Tartu_pedagoogiumi_aruanded, lk 10
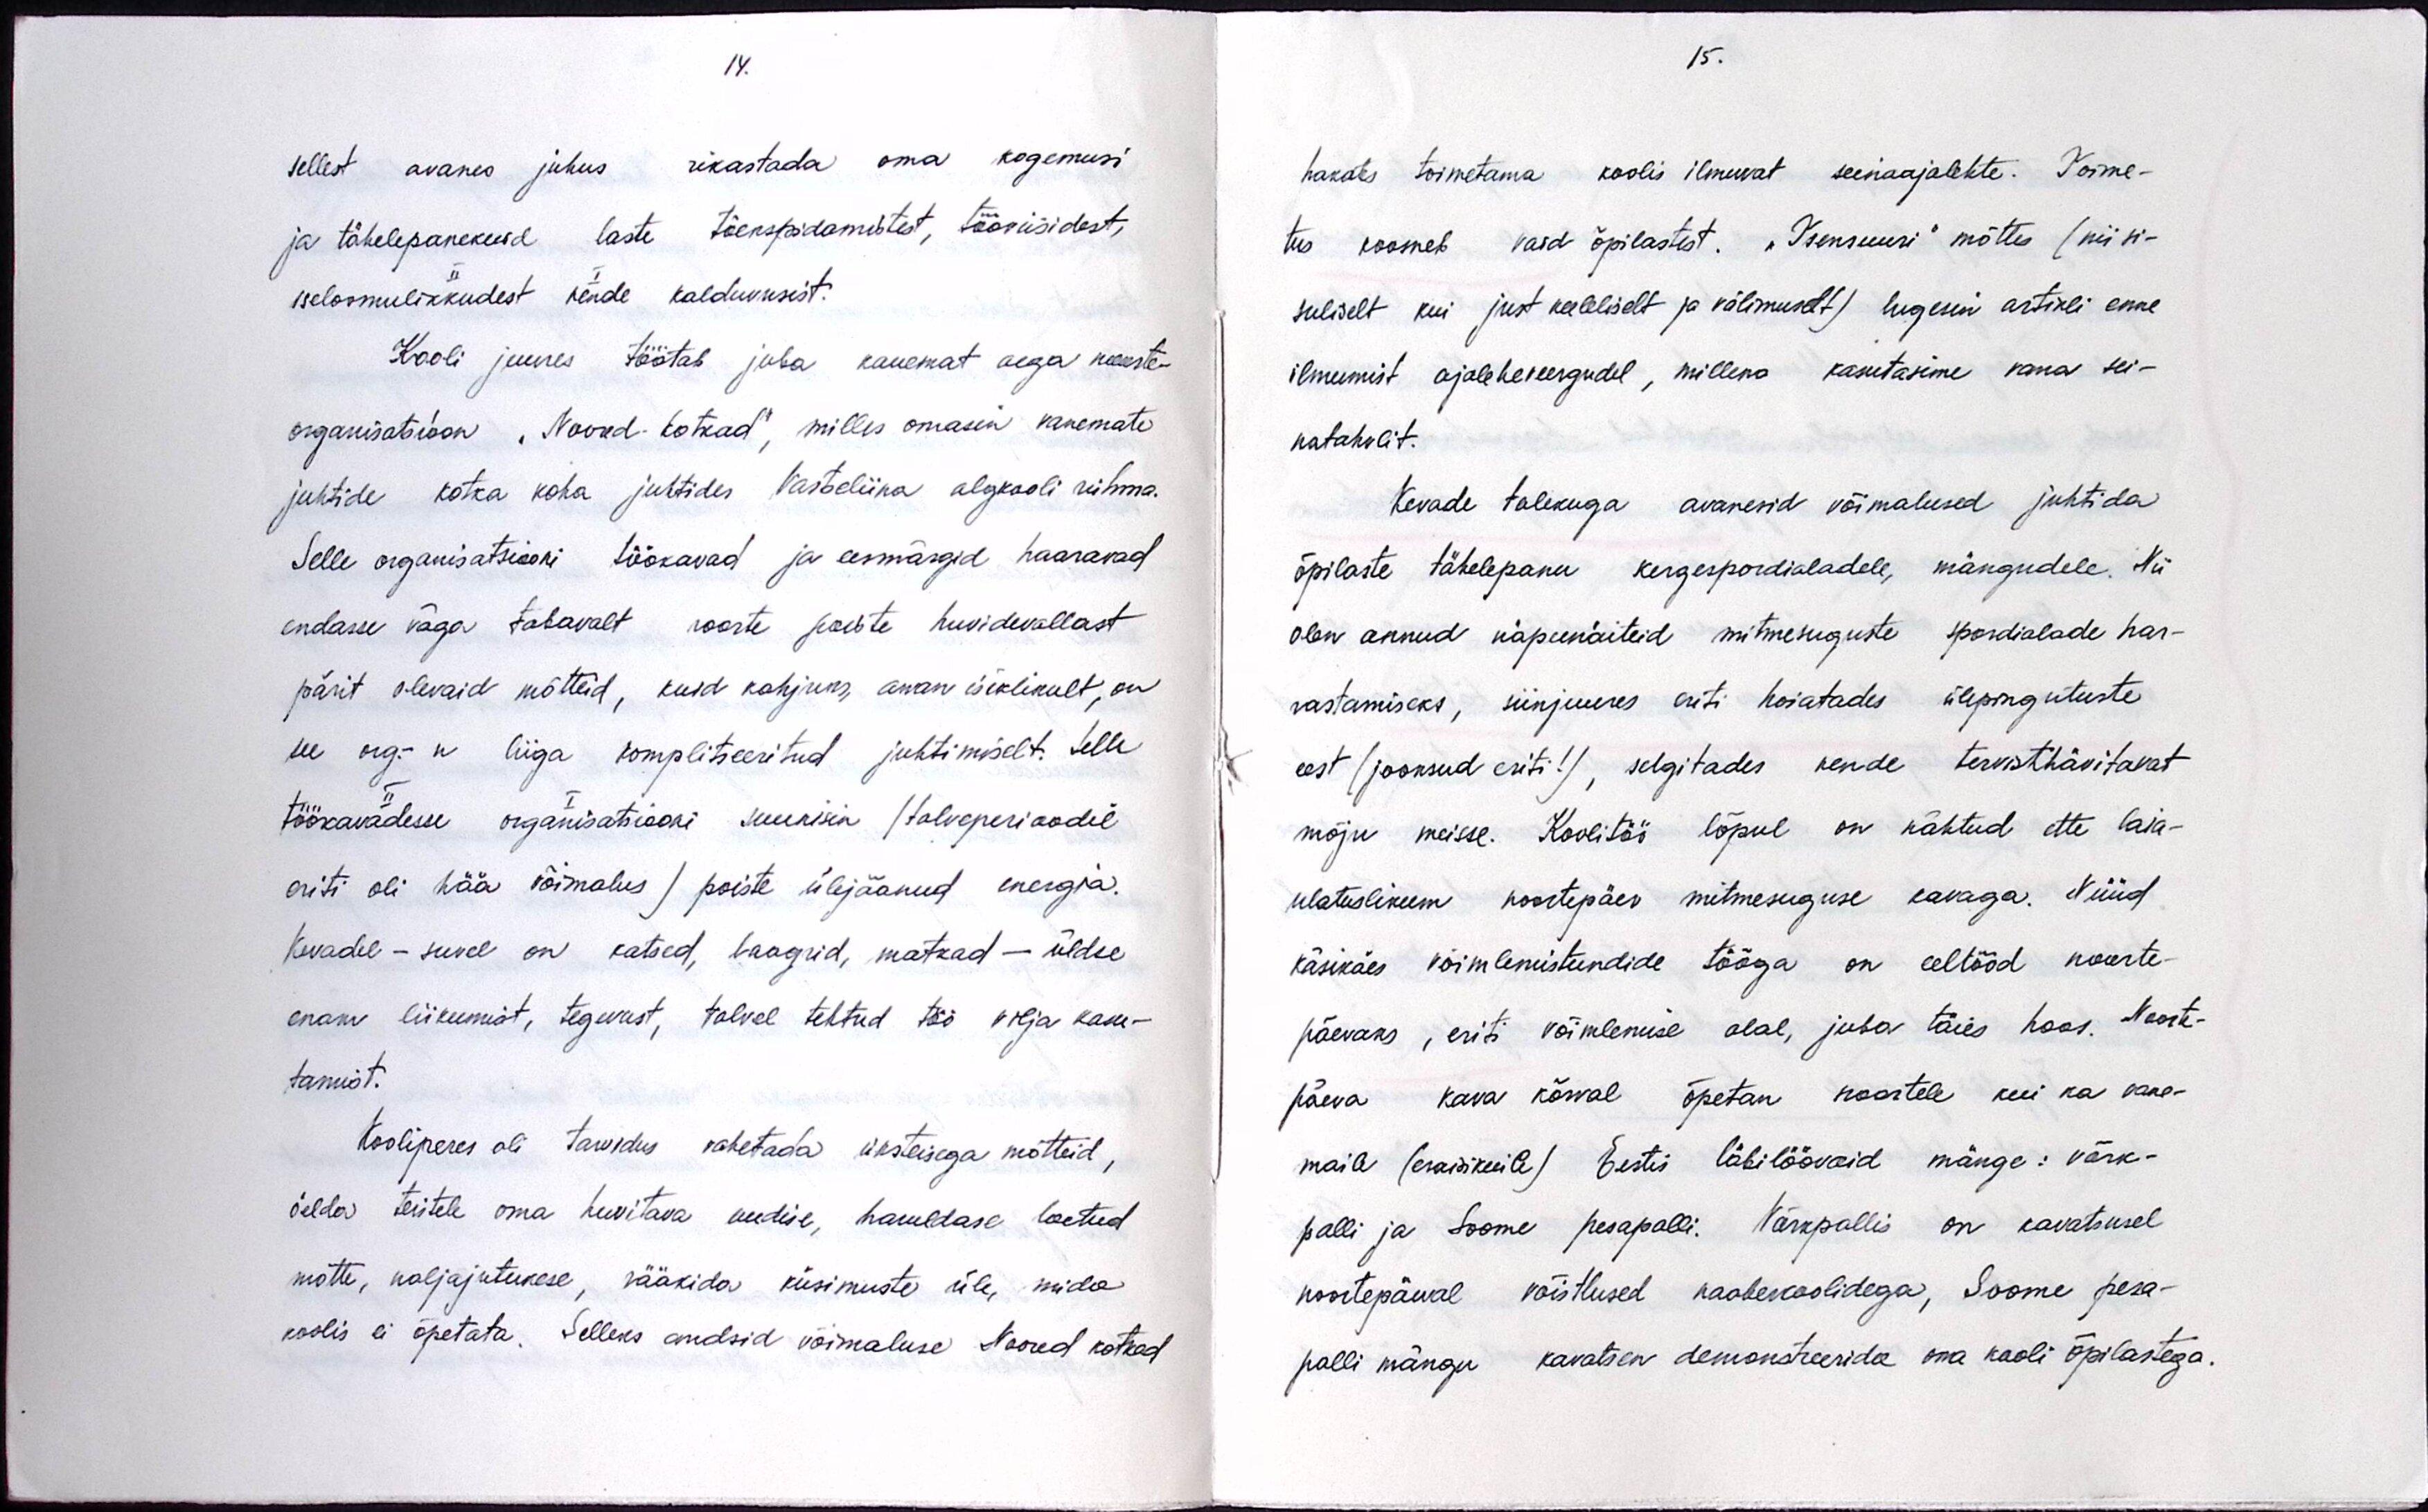
14.
sellest avanes juhus rikastada oma kogemusi
ja tähelepanekuid laste tõekspidamistest, tööviisidest,
iseloomulikkudest nende kalduvusist.
Kooli juures töötab juba kauemat aega meeste-
organisatsioon "Noored-kotkad", milles omasin vanemate
juhtide kotka koha juhtides Vasteliina algkooli rühma.
Selle organisatsiooni töökavad ja eesmärgid haaravad
endasse väga tabavalt noorte poiste huvidevallast
pärit olevaid mõtteid, kuid kahjuks, arvan isiklikult, on
see org.- n liiga komplitseeritud juhtimiselt. Selle
töökavadesse organisatsiooni suunisin (talveperioodil
eriti oli hää võimalus ) poiste ülejäänud energia.
Kevadel - suvel on katsed, laagrid, matkad - üldse-
enam liikumist, tegevust, talvel tehtud töö vilja kasu-
tamist.
Kooliperes oli tarvidus vahetada üksteisega mõtteid,
öelda teistele oma huvitava uudise, hauldase loetud
mõtte, naljajutukese, rääkida küsimuste üle, mida
koolis ei õpetata. Selleks andsid võimaluse Noored kotkad

15.
hakates toimetama koolis ilmuvat seinaajalehte. Toime-
tus koomeb vaid õpilastest. "Tsensuuri" mõttes (nii si-
suliselt kui just keeleliselt ja välimuselt) lugesin artikli enne
ilmumist ajaleheveergudel, millena kasutasime vana sei-
natahvlit.
Kevade tulekuga avanesid võimalused juhtida
õpilaste tähelepanu kergespordialadele, mängudele. Nii
olen annud näpunäiteid mitmesuguste spordialade har-
rastamiseks, siinjuures eriti hoiatades ülepingutuste
eest (jooksud eriti!), selgitades nende tervisthävitavat
mõju meisse. Koolitöö lõpul on nähtud ette laia-
ulatuslikum noortepäev mitmesuguse kavaga. Nüüd
käsikäes võimlemistundide tööga on eeltööd noorte-
päevaks, eriti võimlemise alal, juba täies hoos. Noorte-
päeva kava kõrval õpetan noortele kui ka vane-
maile (eraisikuile) Eestis läbilöövaid mänge : võrk-
palli ja Soome pesapalli. Võrkpallis on kavatsusel
noortepäeval võistlused naaberkoolidega, Soome pesa-
palli mängu kavatsen demonstreerida oma kooli õpilastega.